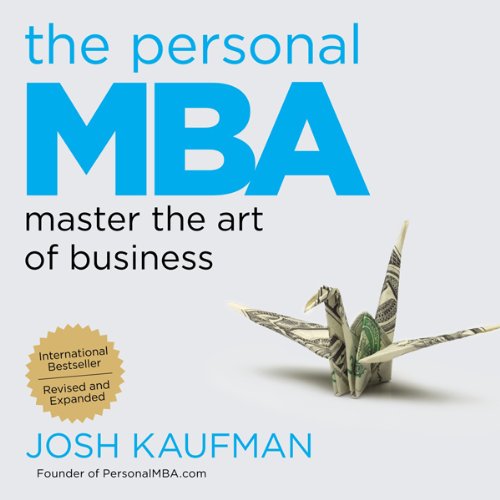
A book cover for The Personal MBA: Master the Art of Business; Josh Kaufman; Reference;